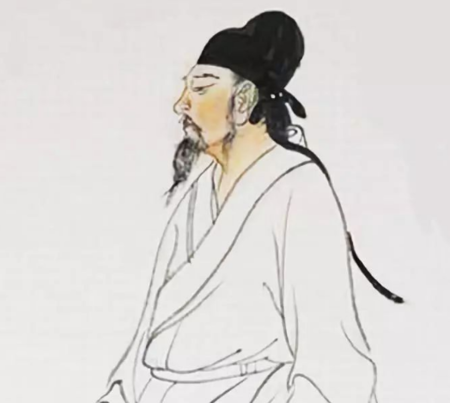
隔座送钩春酒暖，分曹射覆蜡灯红。